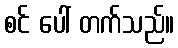
စင် ပေါ် တက်သည်။